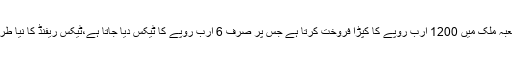
انہوںنے کہاکہ ٹیکسٹائل کا شعبہ ملک میں 1200 ارب روپے کا کپڑا فروخت کرتا ہے جس پر صرف 6 ارب روپے کا ٹیکس دیا جاتا ہے،ٹیکس ریفنڈ کا نیا طریقہ کار اختیار کیا جا رہا ہے۔